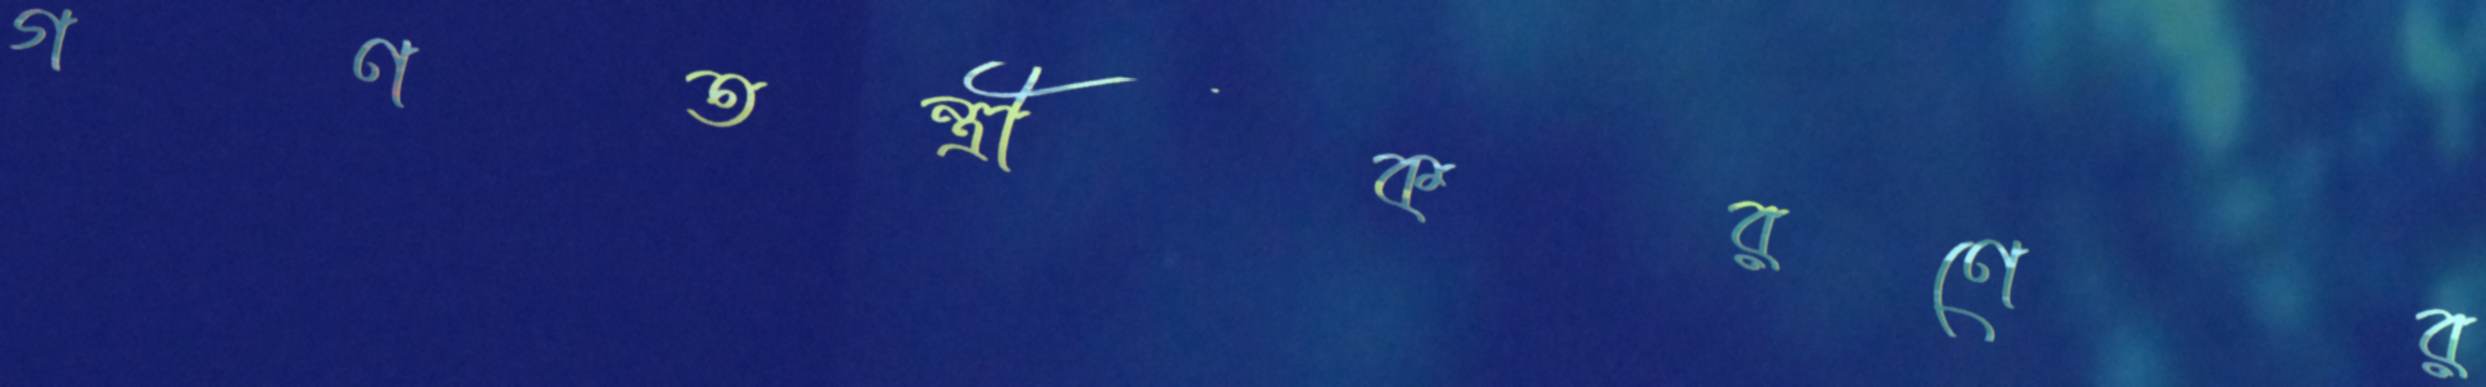
গণতন্ত্রীকরণের